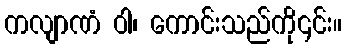
ကလျာဏံ ဝါ၊ ကောင်းသည်ကို၎င်း။